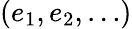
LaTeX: (e_{1},e_{2},\ldots)